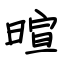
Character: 暄